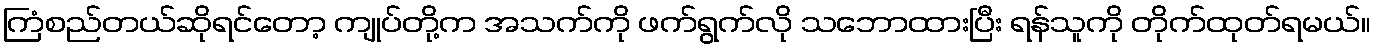
ကြံစည်တယ်ဆိုရင်တော့ ကျုပ်တို့က အသက်ကို ဖက်ရွက်လို သဘောထားပြီး ရန်သူကို တိုက်ထုတ်ရမယ်။